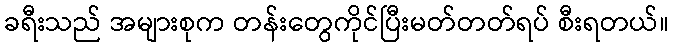
ခရီးသည် အများစုက တန်းတွေကိုင်ပြီးမတ်တတ်ရပ် စီးရတယ်။